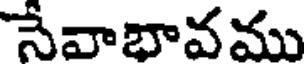
సేవాభావము